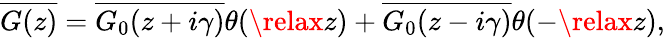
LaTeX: \overline{{G(z)}}=\overline{{G_{0}(z+i\gamma)}}\theta(\relax z)+\overline{{G_{0}(z-i\gamma)}}\theta(-\relax z),